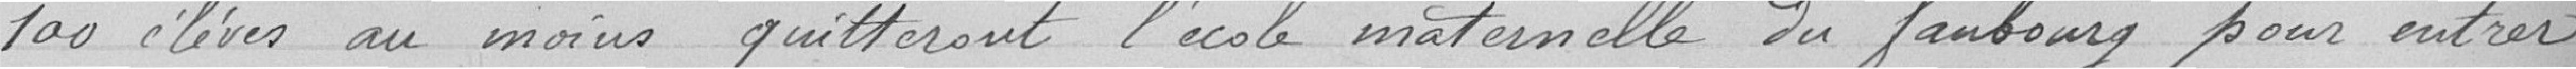
100 élèves au moins quitteront l'école maternelle du faubourg pour entrer